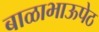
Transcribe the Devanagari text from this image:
बाळाभाऊपेठ